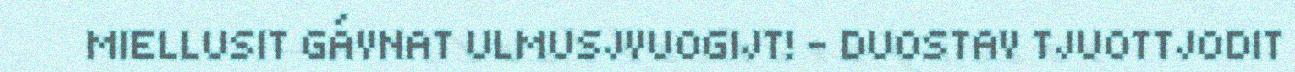
MIELLUSIT GÁVNAT ULMUSJVUOGIJT! – DUOSTAV TJUOTTJODIT